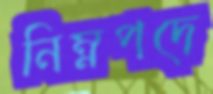
নিম্নপদে